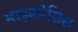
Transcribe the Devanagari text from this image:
माइकोसिस